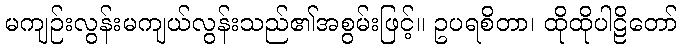
မကျဉ်းလွန်းမကျယ်လွန်းသည်၏အစွမ်းဖြင့်။ ဥပရစိတာ၊ ထိုထိုပါဠိတော်